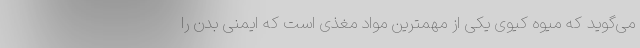
می‌گوید که میوه کیوی یکی از مهمترین مواد مغذی است که ایمنی بدن را